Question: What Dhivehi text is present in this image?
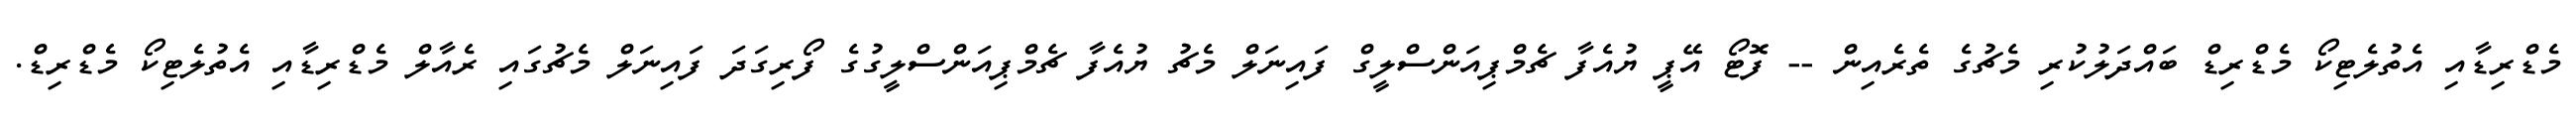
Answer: މެޑްރިޑާއި އެތުލެޓިކޯ މެޑްރިޑް ބައްދަލުކުރި މެޗުގެ ތެރެއިން -- ފޮޓޯ އޭޕީ ޔުއެފާ ޗެމްޕިއަންސްލީގް ފައިނަލް މެޗު ޔުއެފާ ޗެމްޕިއަންސްލީގުގެ ފޯރިގަދަ ފައިނަލް މެޗުގައި ރެއާލް މެޑްރިޑާއި އެތުލެޓިކޯ މެޑްރިޑް.